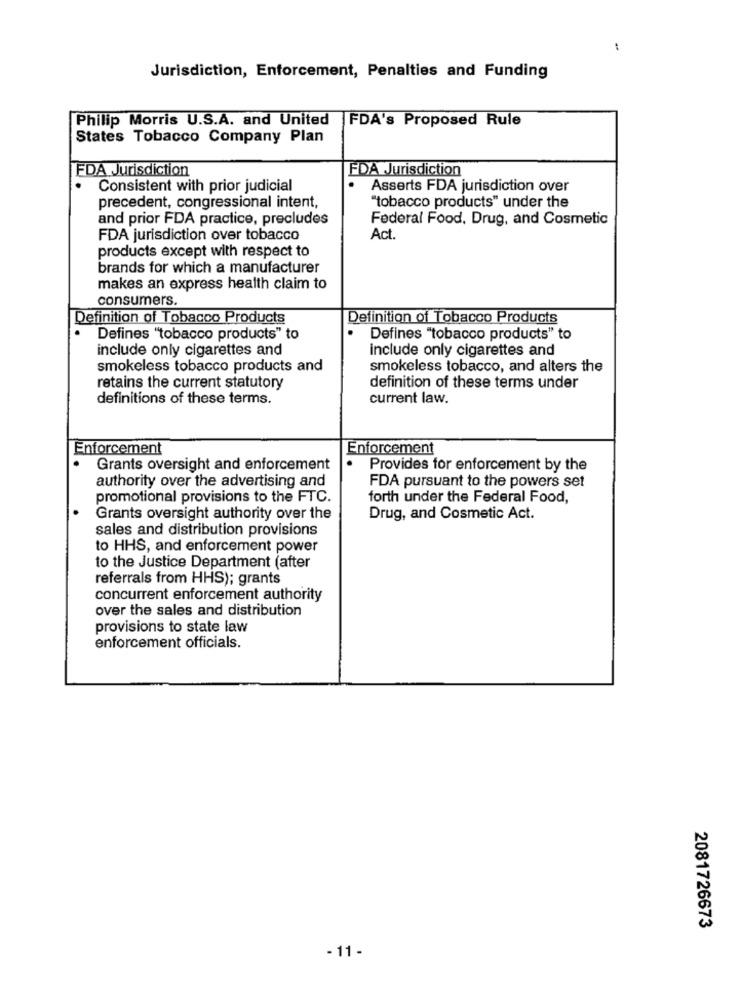
Jurisdiction, Enforcement, Penalties and Funding
Philip Morris U.S.A. and United
FDA's Proposed Rule
States Tobacco Company Plan
FDA Jurisdiction
FDA Jurisdiction
Consistent with prior judicial
Asserts FDA jurisdiction over
precedent, congressional intent,
"tobacco products" under the
and prior FDA practice, precludes
Federal Food, Drug, and Cosmetic
FDA jurisdiction over tobacco
Act.
products except with respect to
brands for which a manufacturer
makes an express health claim to
consumers.
Definition of Tobacco Products
Definition of Tobacco Products
Defines "tobacco products" to
Defines "tobacco products" to
include only cigarettes and
include only cigarettes and
smokeless tobacco products and
smokeless tobacco, and alters the
retains the current statutory
definition of these terms under
definitions of these terms.
current law.
Enforcement
Enforcement
Grants oversight and enforcement
Provides for enforcement by the
authority over the advertising and
FDA pursuant to the powers set
promotional provisions to the FTC.
forth under the Federal Food,
Grants oversight authority over the
Drug, and Cosmetic Act.
sales and distribution provisions
to HHS, and enforcement power
to the Justice Department (after
referrals from HHS); grants
concurrent enforcement authority
over the sales and distribution
provisions to state law
enforcement officials.
2081726673
- 11 -